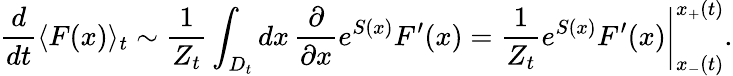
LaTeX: \frac{d}{dt}\langle F(x)\rangle_{t}\sim\frac{1}{Z_{t}}\int_{D_{t}}dx\, \frac{\partial}{\partial x}e^{S(x)}F^{\prime}(x)=\left.\frac{1}{Z_{t}}e^{S(x)}F^{\prime}(x)\right|_{x_{-}(t)}^{x_{+}(t)}.